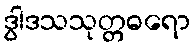
ဒွါဒသသုတ္တဓရော